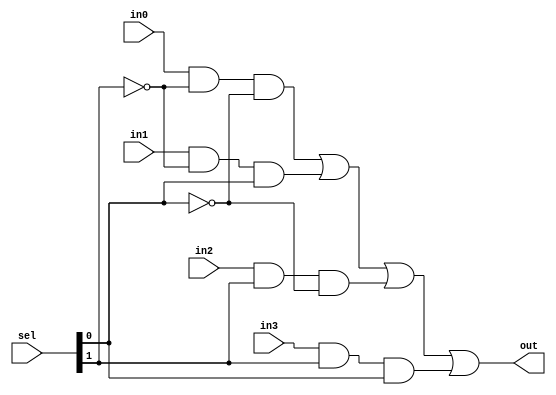
/*
 *  Structural Style Verilog Code
 *  4-to-1 Multiplexer
 *  4 x 1bit input, 2-bits selection, out: 1bit
 */


module st_4to1_mux(out, in0, in1, in2, in3, sel);

    input in0, in1, in2, in3;
    input [1:0] sel;

    output out;

    // wire for inversed signal for selection lines
    wire [1:0] sel_inv;
    // wire for output signals
    wire and00, and01, and10, and11;

    // inverse selection signals
    not inv0(sel_inv[0], sel[0]);
    not inv1(sel_inv[1], sel[1]);

    // get candidate output signals with AND gates
    and and0(and00, in0, sel_inv[1], sel_inv[0]);
    and and1(and01, in1, sel_inv[1], sel[0]);
    and and2(and10, in2, sel[1]    , sel_inv[0]);
    and and3(and11, in3, sel[1]    , sel[0]);

    // extract actual output signal from candidates with OR gate
    or  or0(out, and00, and01, and10, and11);

endmodule